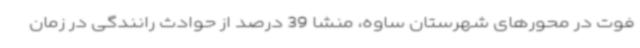
فوت در محورهای شهرستان ساوه، منشا 39 درصد از حوادث رانندگی در زمان